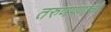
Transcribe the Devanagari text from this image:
तरुणपणाची